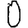
Digit: 0